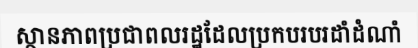
ស្ថានភាពប្រជាពលរដ្ឋដែលប្រកបរបរដាំដំណាំ